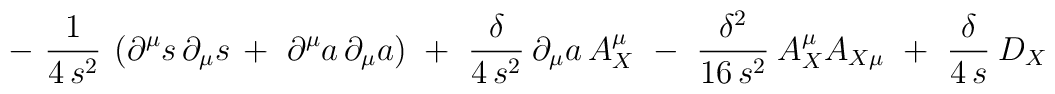
-\ \frac{1}{4\, s^2}\: \left( \partial^\mu s\,    \partial_\mu s\, +\ \partial^\mu a\, \partial_\mu a \right)\  +\ \frac{\delta}{4\, s^2}\: \partial_\mu a\, A_X^\mu\  -\ \frac{\delta^2}{16\, s^2}\: A_X^ \mu A_{X \mu}\  +\ \frac{\delta}{4\, s}\: D_X